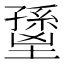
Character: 𡒐